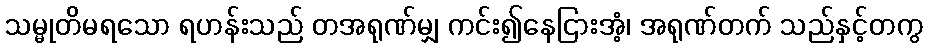
သမ္မုတိမရသော ရဟန်းသည် တအရုဏ်မျှ ကင်း၍နေငြားအံ့၊ အရုဏ်တက် သည်နှင့်တကွ